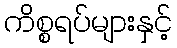
ကိစ္စရပ်များနှင့်